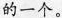
的一个。